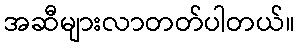
အဆီများလာတတ်ပါတယ်။